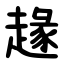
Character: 䞼